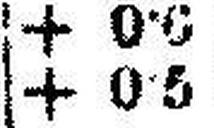
+ 0•5